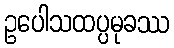
ဥပေါသထပ္ပမုခဿ